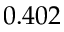
0 . 4 0 2